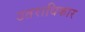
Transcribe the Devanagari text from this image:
उतराधिकार